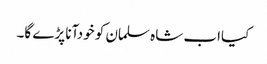
﻿﻿ کیااب شاہ سلمان کو خودآنا پڑے گا۔